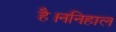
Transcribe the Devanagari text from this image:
है।ननिहाल